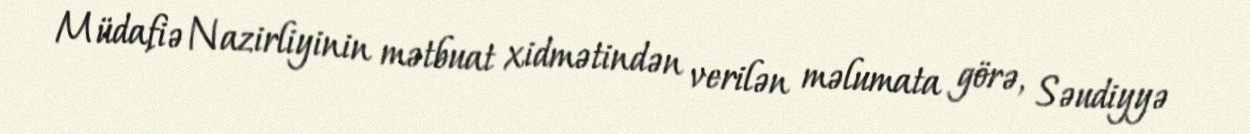
Müdafiə Nazirliyinin mətbuat xidmətindən verilən məlumata görə, Səudiyyə